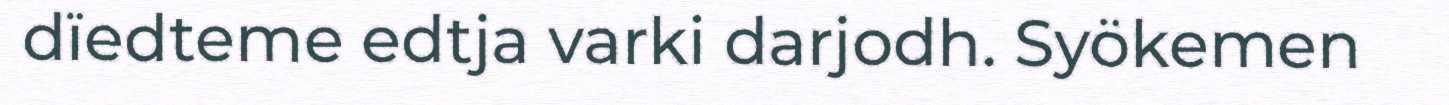
dïedteme edtja varki darjodh. Syökemen